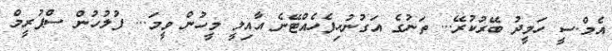
އެމް.ސީ ހަމީދު ބޭރުކުރޭ... ތަނުގެ އަގުނުހިފެހެއްޓޭނެ އާއިލީ މީހުން ވީމަ... ފުލުހުން ސްޕުރީމް